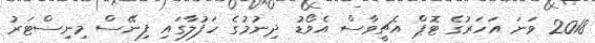
2018 ވަނަ އަހަރުގެ ޓޮޕް އެޗީވާސް އެވޯޑު ދިނުމުގެ ހަފުލާގައި ފިނޭސް މިނިސްޓަރު